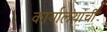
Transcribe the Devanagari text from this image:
कार्यालयांची